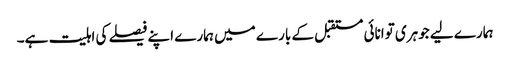
ہمارے لیے جوہری توانائی مستقبل کے بارے میں ہمارے اپنے فیصلے کی اہلیت ہے۔